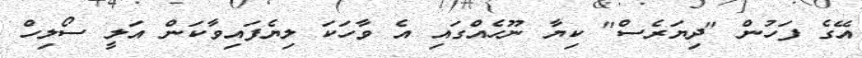
އޭގެ ފަހުން "ދިޔަރެސް" ކިޔާ ނޫހެއްގައި އެ ވާހަކަ ލިޔެފައިވާކަން އަލީ ސޯލިހް